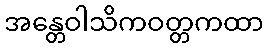
အန္တေဝါသိကဝတ္တကထာ